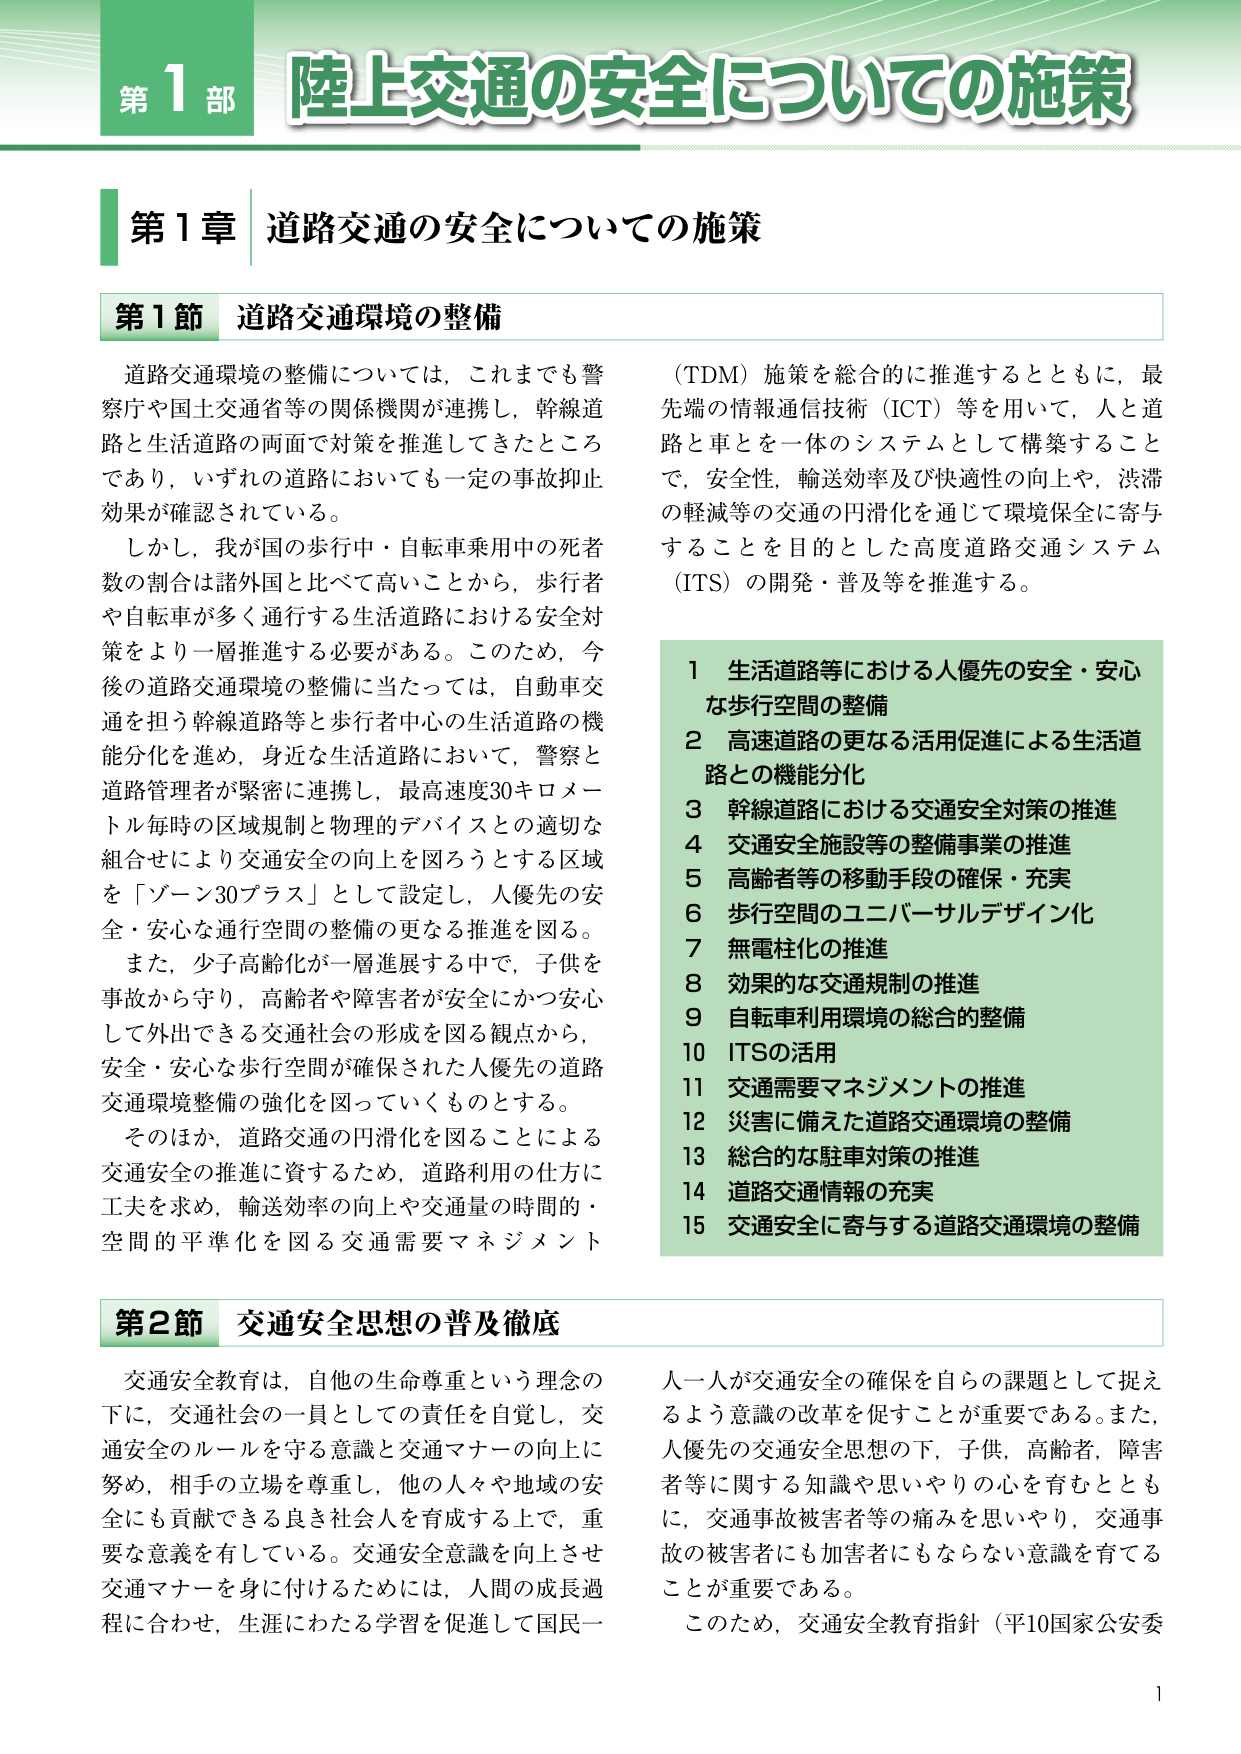
第1部 陸上交通の安全についての施策

第1章 道路交通の安全についての施策

第1節 道路交通環境の整備

道路交通環境の整備については，これまでも警察庁や国土交通省等の関係機関が連携し，幹線道路と生活道路の両面で対策を推進してきたところであり，いずれの道路においても一定の事故抑止効果が確認されている。

しかし，我が国の歩行中・自転車乗用中の死者数の割合は諸外国と比べて高いことから，歩行者や自転車が多く通行する生活道路における安全対策をより一層推進する必要がある。このため，今後の道路交通環境の整備に当たっては，自動車交通を担う幹線道路等と歩行者中心の生活道路の機能分化を進め，身近な生活道路において，警察と道路管理者が緊密に連携し，最高速度30キロメートル毎時の区域規制と物理的デバイスとの適切な組合せにより交通安全の向上を図ろうとする区域を「ゾーン30プラス」として設定し，人優先の安全・安心な通行空間の整備の更なる推進を図る。

また，少子高齢化が一層進展する中で，子供を事故から守り，高齢者や障害者が安全にかつ安心して外出できる交通社会の形成を図る観点から，安全・安心な歩行空間が確保された人優先の道路交通環境整備の強化を図っていくものとする。

そのほか，道路交通の円滑化を図ることによる交通安全の推進に資するため，道路利用の仕方に工夫を求め，輸送効率の向上や交通量の時間的・空間的平準化を図る交通需要マネジメント（TDM）施策を総合的に推進するとともに，最先端の情報通信技術（ICT）等を用いて，人と道路と車を一体のシステムとして構築することで，安全性，輸送効率及び快適性の向上や，渋滞の軽減等の交通の円滑化を通じて環境保全に寄与することを目的とした高度道路交通システム（ITS）の開発・普及等を推進する。

1 生活道路等における人優先の安全・安心な歩行空間の整備
2 高速道路の更なる活用促進による生活道路との機能分化
3 幹線道路における交通安全対策の推進
4 交通安全施設等の整備事業の推進
5 高齢者等の移動手段の確保・充実
6 歩行空間のユニバーサルデザイン化
7 無電柱化の推進
8 効果的な交通規制の推進
9 自転車利用環境の総合的整備
10 ITSの活用
11 交通需要マネジメントの推進
12 災害に備えた道路交通環境の整備
13 総合的な駐車対策の推進
14 道路交通情報の充実
15 交通安全に寄与する道路交通環境の整備

第2節 交通安全思想の普及徹底

交通安全教育は，自他の生命尊重という理念の下に，交通社会の一員としての責任を自覚し，交通安全のルールを守る意識と交通マナーの向上に努め，相手の立場を尊重し，他の人々や地域の安全にも貢献できる良き社会人を育成する上で，重要な意義を有している。交通安全意識を向上させ交通マナーを身に付けるためには，人間の成長過程に合わせ，生涯にわたる学習を促進して国民一人一人が交通安全の確保を自らの課題として捉えるよう意識の改革を促すことが重要である。また，人優先の交通安全思想の下，子供，高齢者，障害者等に関する知識や思いやりの心を育むとともに，交通事故被害者等の痛みを思いやり，交通事故の被害者にも加害者にもならない意識を育てることが重要である。

このため，交通安全教育指針（平10国家公安委

1